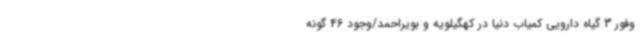
وفور 3 گیاه دارویی کمیاب دنیا در کهگیلویه و بویراحمد/وجود 46 گونه